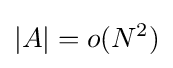
|A|=o(N^{2})